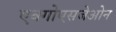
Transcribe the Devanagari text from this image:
एक्गोएसजेओन